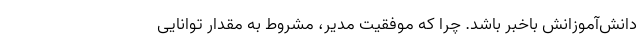
دانش‌آموزانش باخبر باشد. چرا که موفقیت مدیر، مشروط به مقدار توانایی